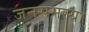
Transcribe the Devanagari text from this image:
जनसमस्या